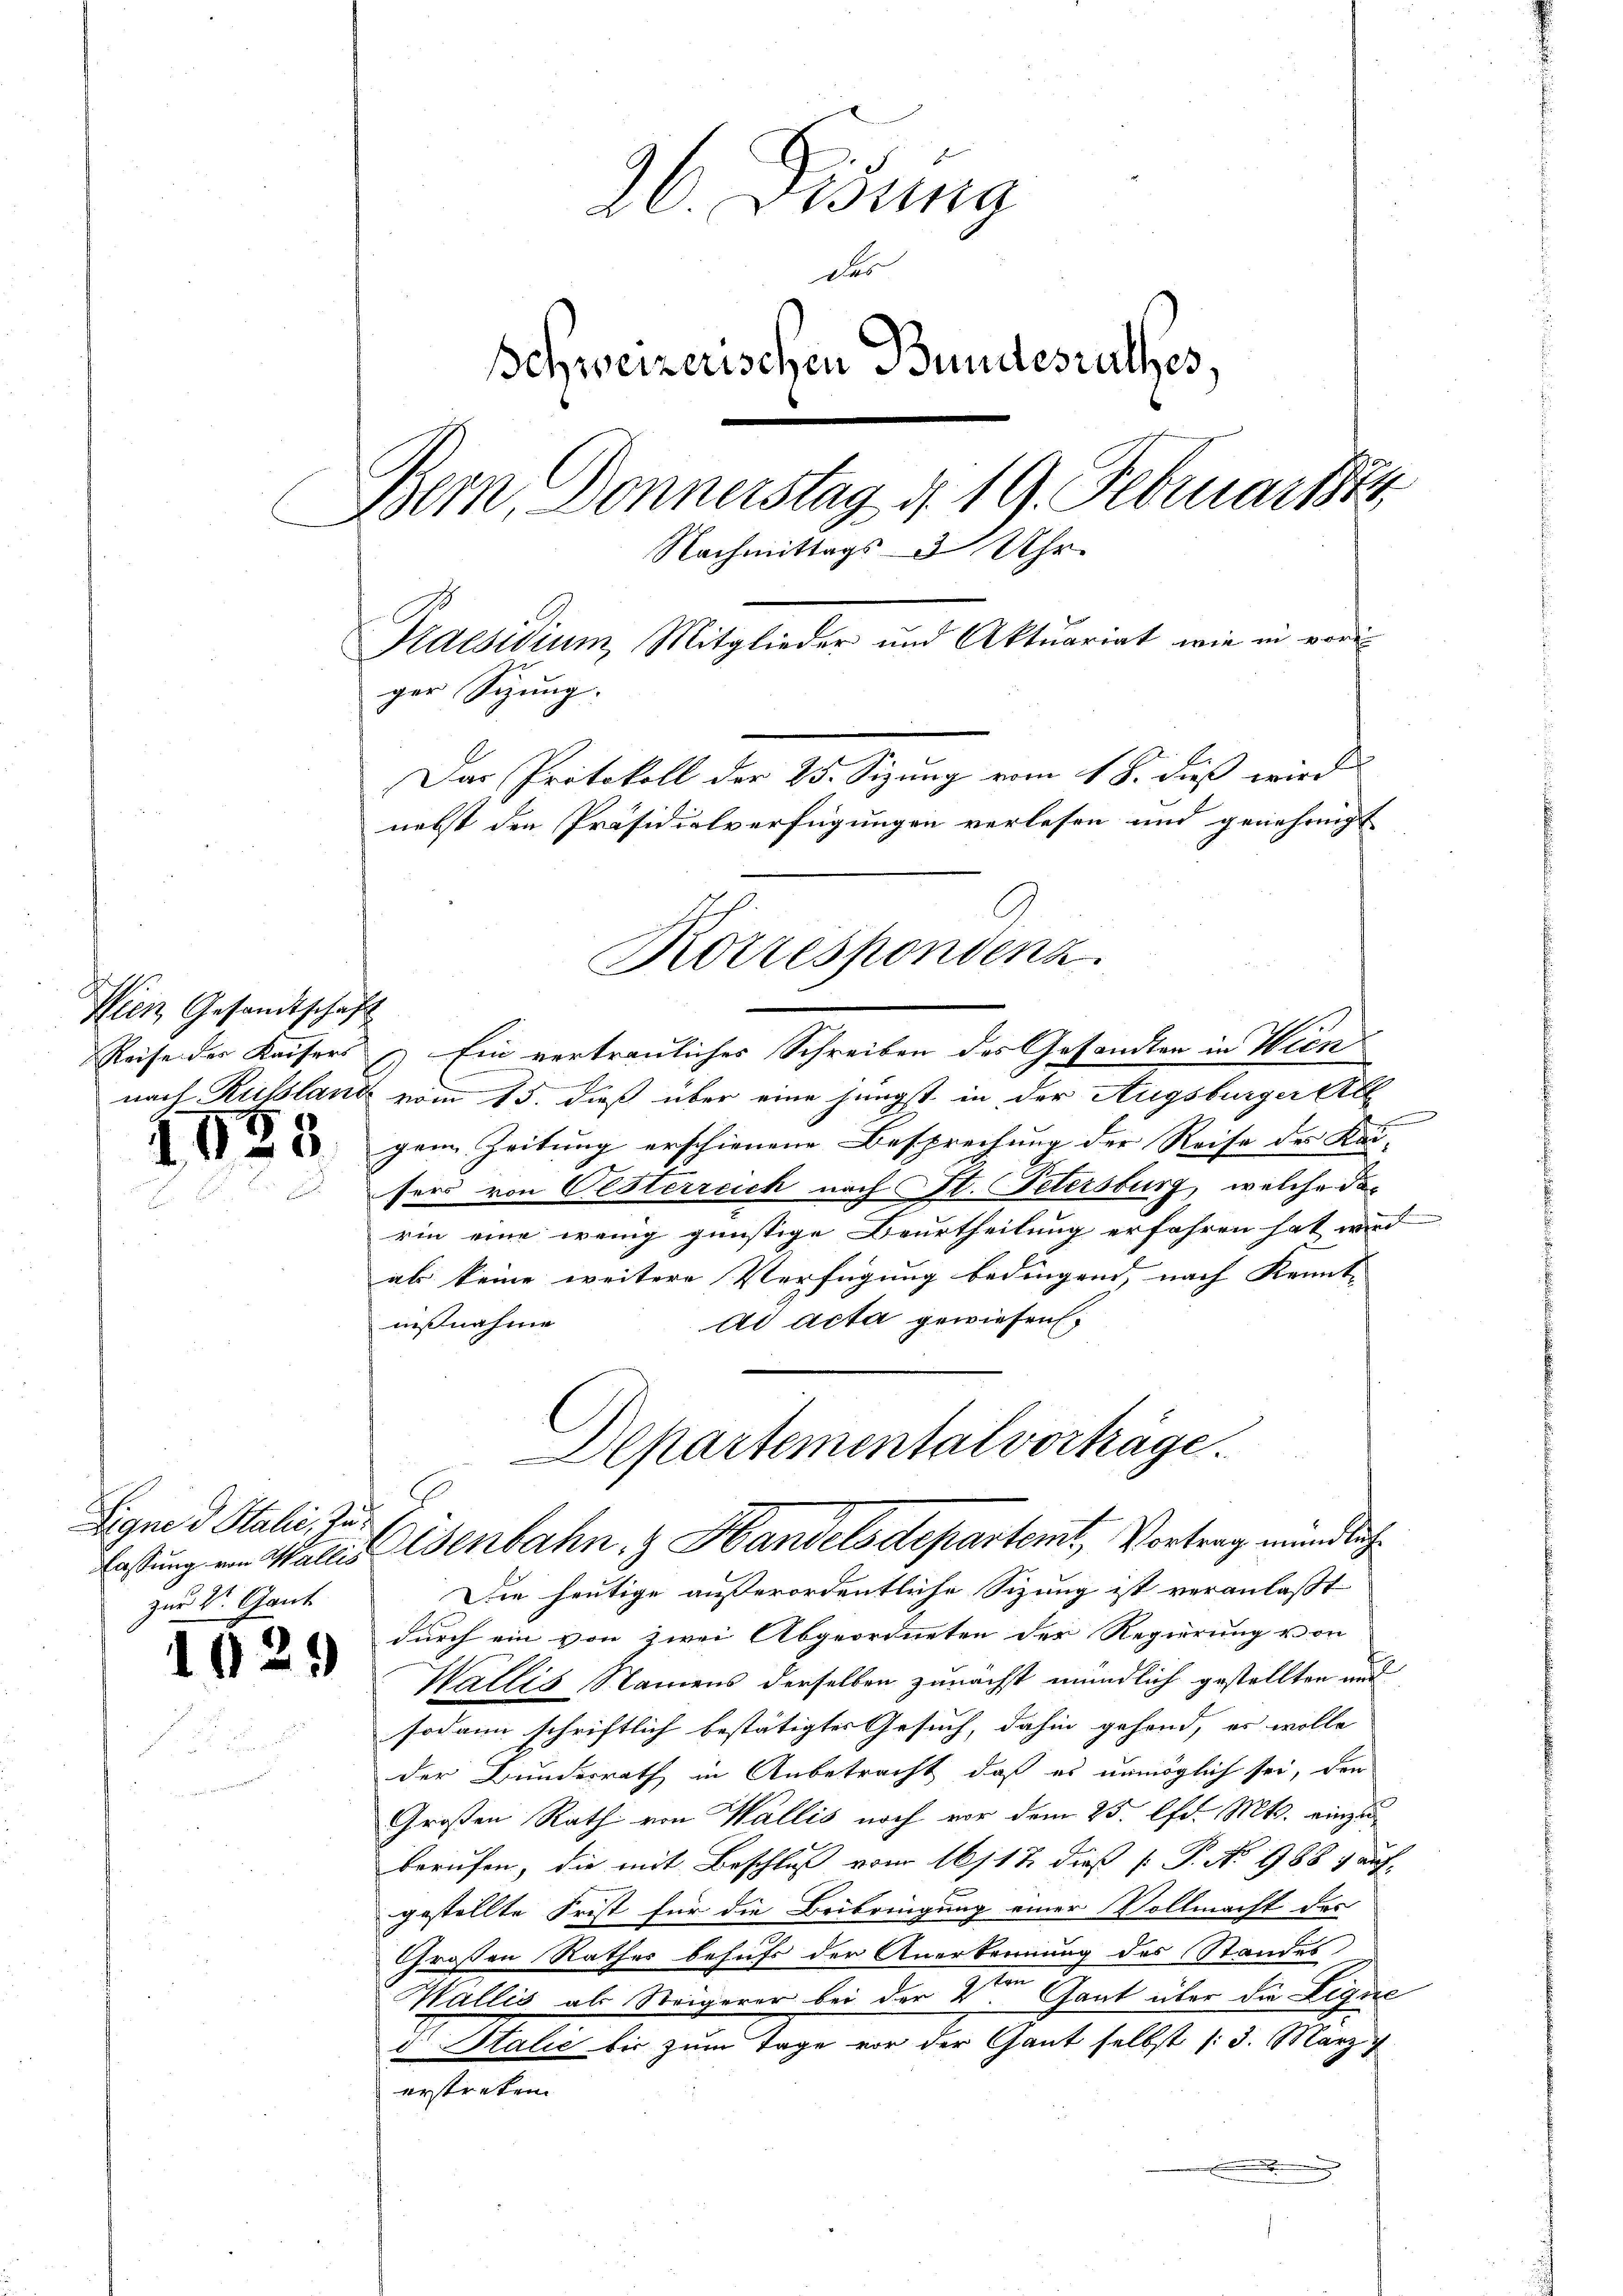
Wien Gesandtschaft
Reise der Kaisers

.

Eigne d Stali zuzur Vt. Gant

26. Disung
das
Schweizerischen Bundesrathes,
Bern, Donnerstag d. 19. Februarti
Nachmittags 3 Uhr.
Praesidium, Mitglieder und Aktuariat wie in voriger Sitzung.
Das Protokoll der 25. Sizung vom 18. dieß wird
nebst den Präsidialverfügungen verlesen und genehmigt

3

1929

) Ein vertrauliches Schreiben des Gesandten in Wien
nach Russland vom 15. dieß über eine jüngst in der Augsburger All
gem Zeitung erschienene Besprechung der Reise des Kei- |
sers von Oesterreich nach St. Petersburg, welche darin eine wenig günstige Beurtheilung erfahren hat wird
als keine weitere Verfügung bedingend, nach Kennt-
ad acta gewiesen.
ißnahme

Korrespondenz

Die heutige außerordentliche Sizung ist veranlaßt
durch ein von zwei Abgeordneten der Regierung von
Wallis, Namens derselben zunächst mündlich gestellten und
sodann schriftlich bestätigtes Gesuch, dahin gehand, es wolle
der Bundesrath in Anbetracht, daß es unmöglich sei, den
Großen Rath von Wallis noch vor dem 25. lfd. Mts. einzuberufen, die mit Beschluß vom 161. 47 dieß P. No 988 & auf
gestellte Frist für die Beibringung einer Vollmacht des
Großen Rathes behufs der Anerkennung des Standes
Wallis als Steigerer bei der Veren Gant über die Legue
d Stalie bis zum Tage vor der Gant selbst (3. März
erstreten.
.

Departemental vorhäge
lassung ein Walds Esenbahn & Handels departemt, Vortrag mündlich